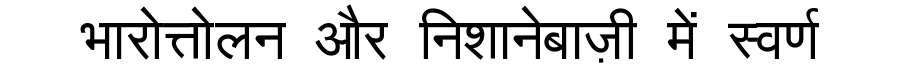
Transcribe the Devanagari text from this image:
भारोत्तोलन और निशानेबाज़ी में स्वर्ण